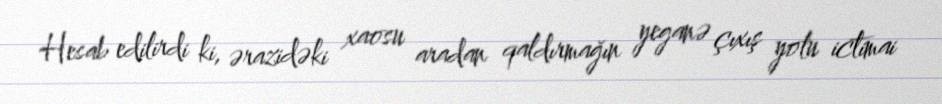
Hesab edilirdi ki, ərazidəki xaosu aradan qaldırmağın yeganə çıxış yolu ictimai